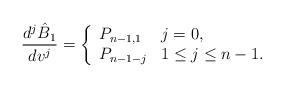
LaTeX: \begin{align*} \frac{d^j\hat{B}_1}{dv^j}=\left\{ \begin{array}{ll} P_{n-1,1} & j=0,\\ P_{n-1-j} & 1\leq j\leq n-1. \end{array}\right.\end{align*}